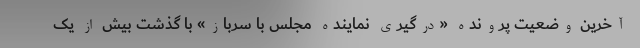
آخرین وضعیت پرونده «درگیری نماینده مجلس با سرباز» با گذشت بیش از یک